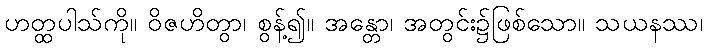
ဟတ္ထပါသ်ကို။ ဝိဇဟိတွာ၊ စွန့်၍။ အန္တော၊ အတွင်း၌ဖြစ်သော။ သယနဿ၊